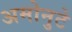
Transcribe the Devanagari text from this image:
अमोनुटे